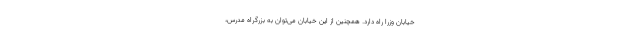
خیابان وزرا راه دارد. همچنین از این خیابان می‌توان به بزرگراه مدرس،